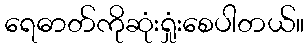
ရေဓာတ်ကိုဆုံးရှုံးစေပါတယ်။